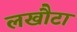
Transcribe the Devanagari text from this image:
लखौटा